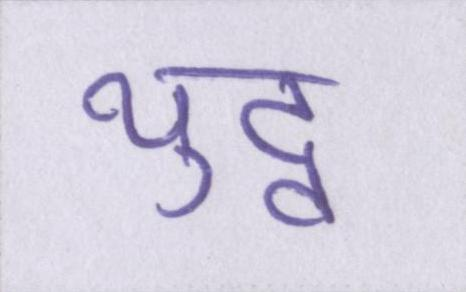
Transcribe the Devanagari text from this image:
युद्व